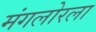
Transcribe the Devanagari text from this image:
मंगलोरला